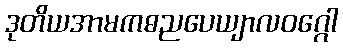
ဒုတိယအာမကဓညပေယျာလဝဂ္ဂေါ